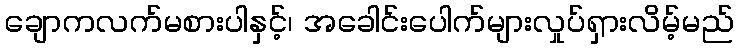
ချောကလက်မစားပါနှင့်၊ အခေါင်းပေါက်များလှုပ်ရှားလိမ့်မည်